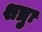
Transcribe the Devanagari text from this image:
शत्रुः